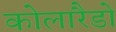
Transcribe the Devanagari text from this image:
कोलारैडो